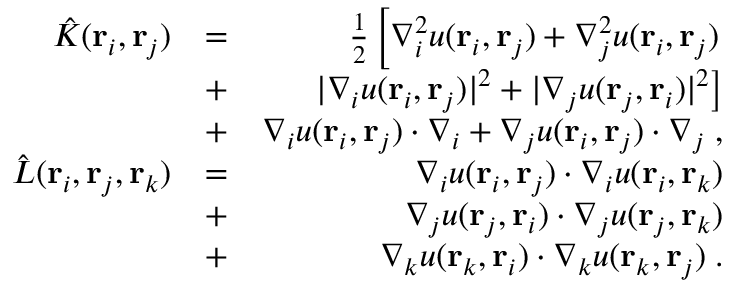
\begin{array} { r l r } { \hat { K } ( { \bf r } _ { i } , { \bf r } _ { j } ) } & { = } & { \frac 1 2 \left[ \nabla _ { i } ^ { 2 } u ( { \bf r } _ { i } , { \bf r } _ { j } ) + \nabla _ { j } ^ { 2 } u ( { \bf r } _ { i } , { \bf r } _ { j } ) \right. } \\ & { + } & { \left. | \nabla _ { i } u ( { \bf r } _ { i } , { \bf r } _ { j } ) | ^ { 2 } + | \nabla _ { j } u ( { \bf r } _ { j } , { \bf r } _ { i } ) | ^ { 2 } \right] } \\ & { + } & { \nabla _ { i } u ( { \bf r } _ { i } , { \bf r } _ { j } ) \cdot \nabla _ { i } + \nabla _ { j } u ( { \bf r } _ { i } , { \bf r } _ { j } ) \cdot \nabla _ { j } \; , } \\ { \hat { L } ( { \bf r } _ { i } , { \bf r } _ { j } , { \bf r } _ { k } ) } & { = } & { \nabla _ { i } u ( { \bf r } _ { i } , { \bf r } _ { j } ) \cdot \nabla _ { i } u ( { \bf r } _ { i } , { \bf r } _ { k } ) } \\ & { + } & { \nabla _ { j } u ( { \bf r } _ { j } , { \bf r } _ { i } ) \cdot \nabla _ { j } u ( { \bf r } _ { j } , { \bf r } _ { k } ) } \\ & { + } & { \nabla _ { k } u ( { \bf r } _ { k } , { \bf r } _ { i } ) \cdot \nabla _ { k } u ( { \bf r } _ { k } , { \bf r } _ { j } ) \; . } \end{array}